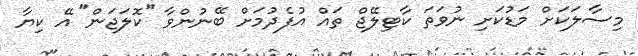
މިސާލަކަށް މަޑުކަށި ނުވަތަ ކާޓިލޭޖް ތައް އުފެދުމަށް ބޭނުންވާ ''ކޮލަޖަން" އޭ ކިޔާ